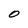
Character: O